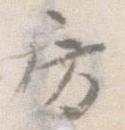
房